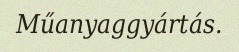
Műanyaggyártás.